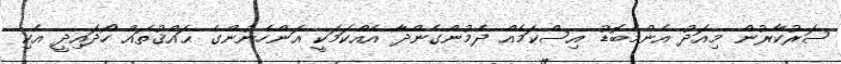
ސަރުކާރުން މިއަދު އެންމެބޮޑު އިސްކަމެއް ދެމުންގެންދާ އެއްކަމަކީ އަންހެނުންގެ ޙައްޤުތައް ހޯދައިދީ އެކި